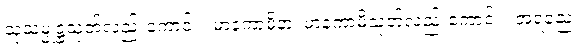
သုသမ္မုဋ္ဌသုတ်လည်းကောင်း။ မာနကာမိနာ၊ မာနကာမိသုတ်လည်းကောင်း။ အရညေ၊